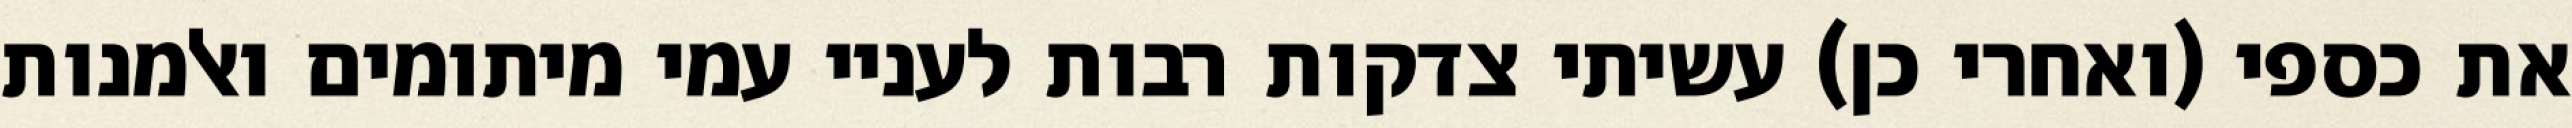
את כספי (ואחרי כן) עשיתי צדקות רבות לעניי עמי מיתומים ואלמנות